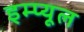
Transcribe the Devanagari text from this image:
इम्प्यूल